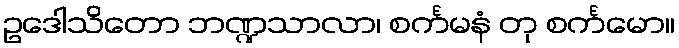
ဥဒေါသိတော ဘဏ္ဍသာလာ၊ စင်္ကမနံ တု စင်္ကမော။